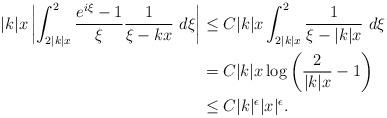
LaTeX: \begin{align*}|k|x\left|\int_{2|k|x}^2\frac{e^{i\xi}-1}{\xi}\frac{1}{\xi-kx}~d\xi\right|&\le C|k|x\int_{2|k|x}^2\frac{1}{\xi-|k|x}~d\xi\\&=C|k|x\log\left(\frac{2}{|k|x}-1\right)\\&\le C|k|^{\epsilon}|x|^{\epsilon}.\end{align*}